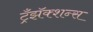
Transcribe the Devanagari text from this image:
ट्रँझॅक्शन्स